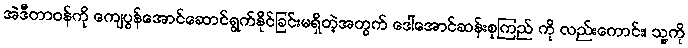
အဲဒီတာဝန်ကို ကျေပွန်အောင်ဆောင်ရွက်နိုင်ခြင်းမရှိတဲ့အတွက် ဒေါ်အောင်ဆန်းစုကြည် ကို လည်းကောင်း၊ သူ့ကို